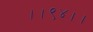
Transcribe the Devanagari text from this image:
।।९४।।